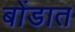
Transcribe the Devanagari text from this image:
बोंडात